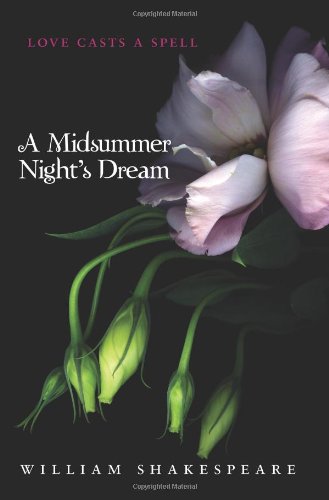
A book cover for A Midsummer Night's Dream; William Shakespeare; Teen & Young Adult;